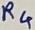
Text: R4